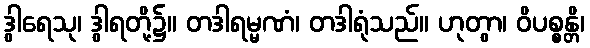
ဒွါရေသု၊ ဒွါရတို့၌။ တဒါရမ္မဏံ၊ တဒါရုံသည်။ ဟုတွာ၊ ဝိပစ္စန္တိ၊